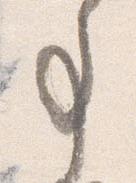
事